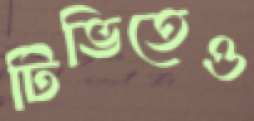
টিভিতেও